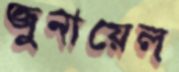
জুনায়েল